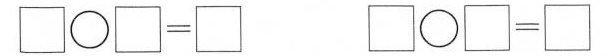
$$\Box \circ \Box ＝ \Box $$ $$\Box \circ \Box ＝ \Box $$